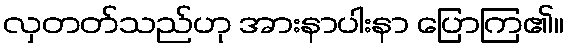
လှတတ်သည်ဟု အားနာပါးနာ ပြောကြ၏။